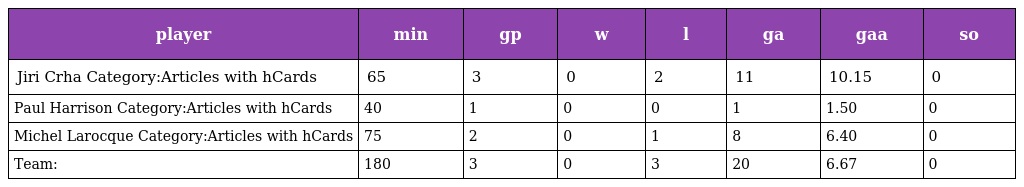
| player | min | gp | w | l | ga | gaa | so |
 | --- | --- | --- | --- | --- | --- | --- | --- |
 | Jiri Crha Category:Articles with hCards | 65 | 3 | 0 | 2 | 11 | 10.15 | 0 |
 | Paul Harrison Category:Articles with hCards | 40 | 1 | 0 | 0 | 1 | 1.50 | 0 |
 | Michel Larocque Category:Articles with hCards | 75 | 2 | 0 | 1 | 8 | 6.40 | 0 |
 | Team: | 180 | 3 | 0 | 3 | 20 | 6.67 | 0 |